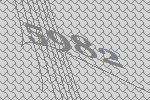
5982